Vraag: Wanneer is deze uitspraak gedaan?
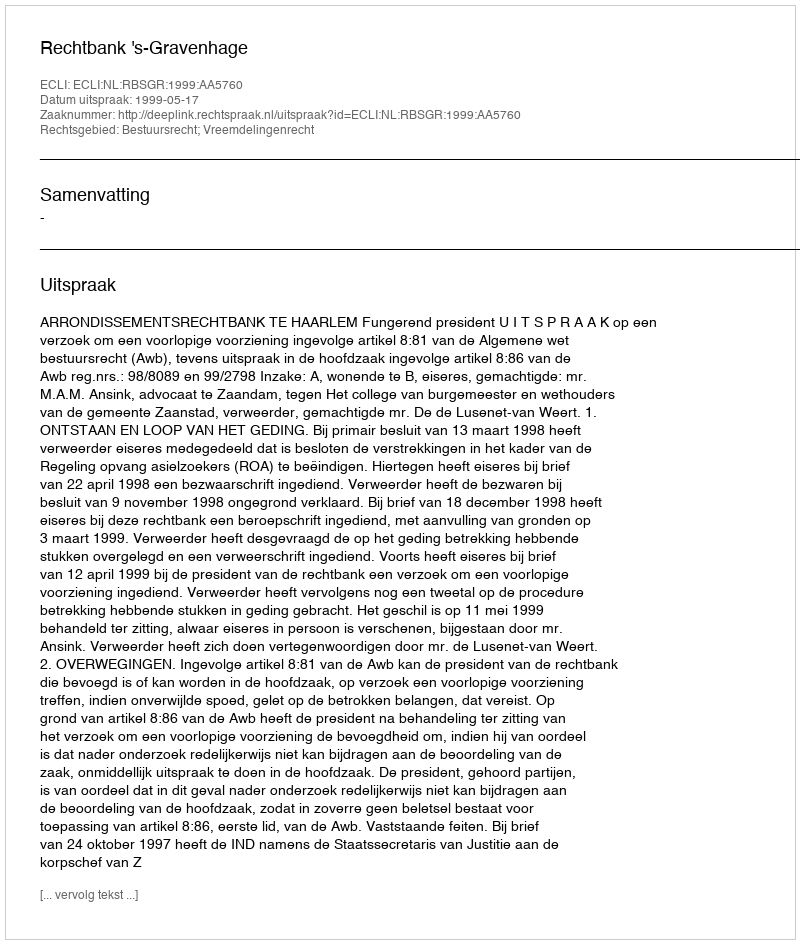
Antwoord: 1999-05-17